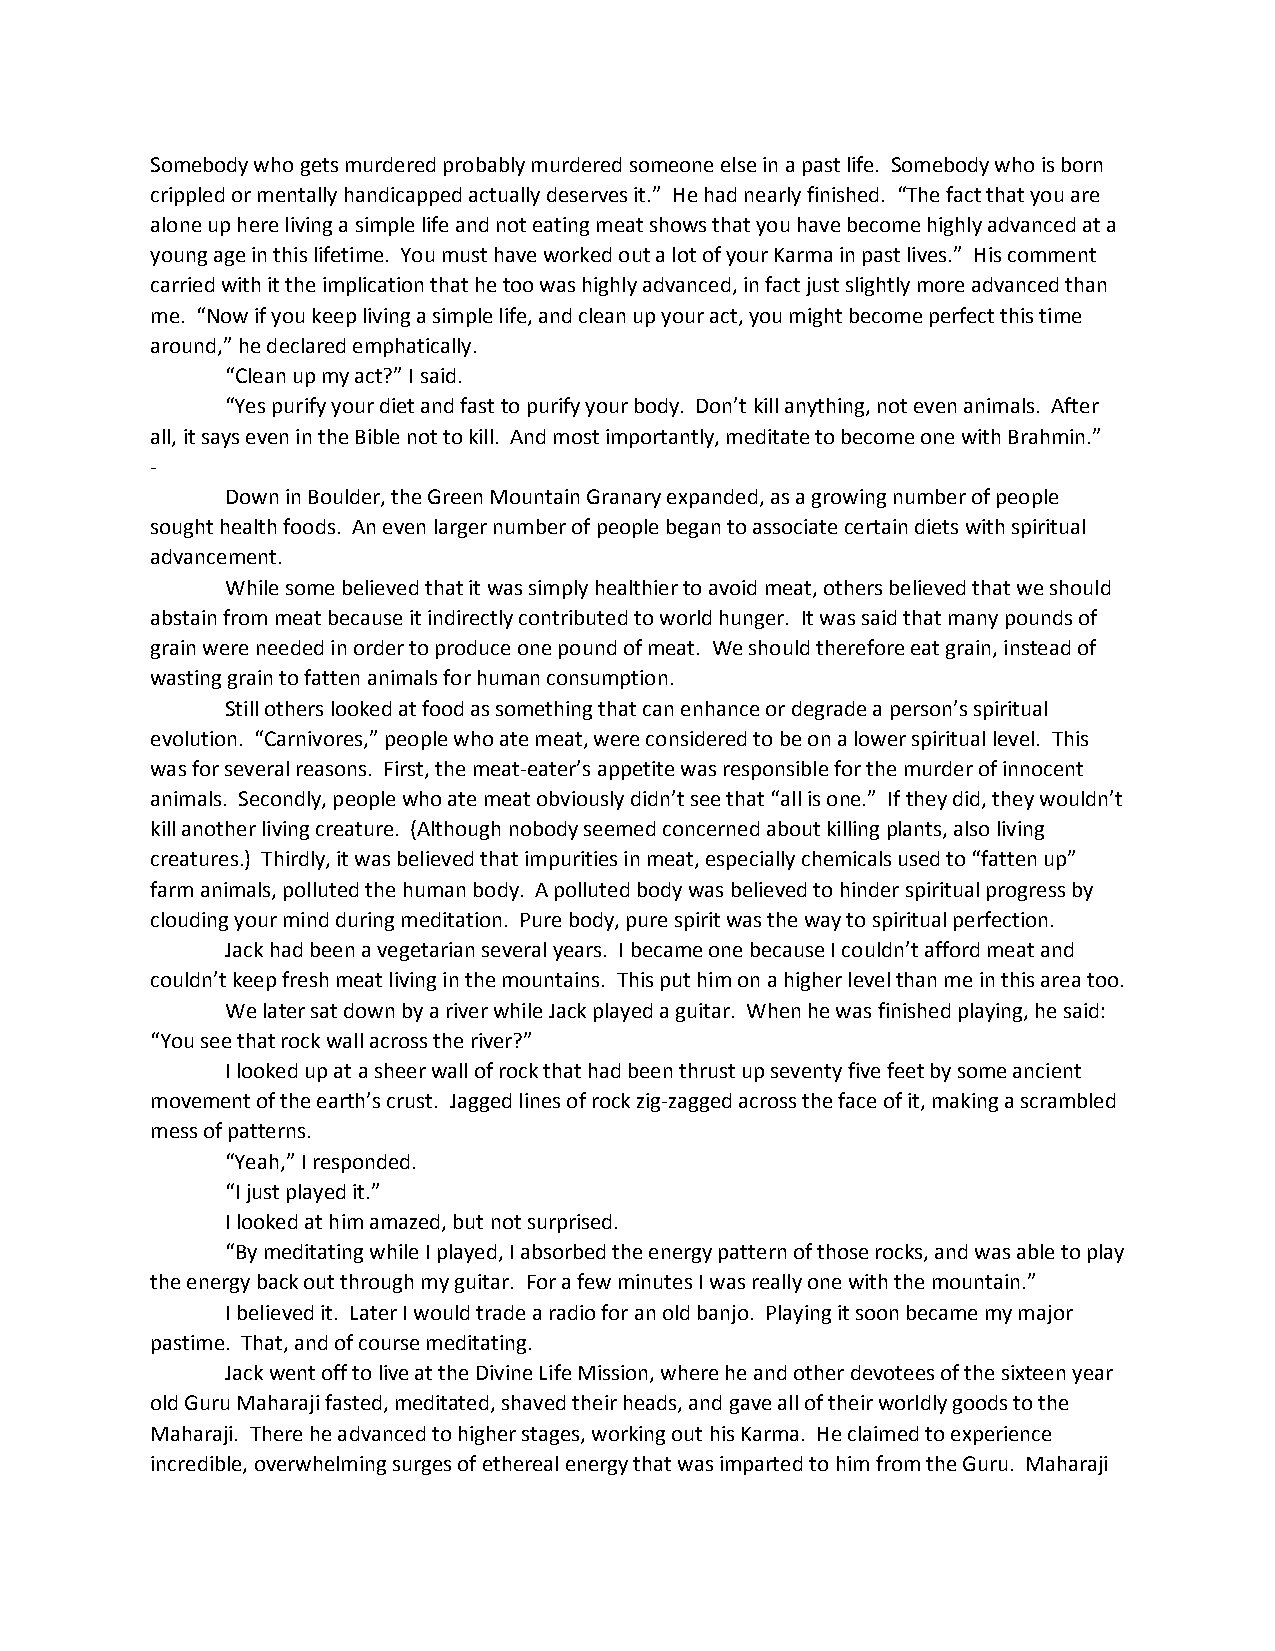
Somebody who gets murdered probably murdered someone else in a past life. Somebody who is born
 crippled or mentally handicapped actually deserves it.” He had nearly finished. “The fact that you are
 alone up here living a simple life and not eating meat shows that you have become highly advanced at a
 young age in this lifetime. You must have worked out a lot of your Karma in past lives.” His comment
 carried with it the implication that he too was highly advanced, in fact just slightly more advanced than
 me. “Now if you keep living a simple life, and clean up your act, you might become perfect this time
 around,” he declared emphatically.
 “Clean up my act?” I said.
 “Yes purify your diet and fast to purify your body. Don’t kill anything, not even animals. After
 all, it says even in the Bible not to kill. And most importantly, meditate to become one with Brahmin.”
 -
 Down in Boulder, the Green Mountain Granary expanded, as a growing number of people
 sought health foods. An even larger number of people began to associate certain diets with spiritual
 advancement.
 While some believed that it was simply healthier to avoid meat, others believed that we should
 abstain from meat because it indirectly contributed to world hunger. It was said that many pounds of
 grain were needed in order to produce one pound of meat. We should therefore eat grain, instead of
 wasting grain to fatten animals for human consumption.
 Still others looked at food as something that can enhance or degrade a person’s spiritual
 evolution. “Carnivores,” people who ate meat, were considered to be on a lower spiritual level. This
 was for several reasons. First, the meat-eater’s appetite was responsible for the murder of innocent
 animals. Secondly, people who ate meat obviously didn’t see that “all is one.” If they did, they wouldn’t
 kill another living creature. (Although nobody seemed concerned about killing plants, also living
 creatures.) Thirdly, it was believed that impurities in meat, especially chemicals used to “fatten up”
 farm animals, polluted the human body. A polluted body was believed to hinder spiritual progress by
 clouding your mind during meditation. Pure body, pure spirit was the way to spiritual perfection.
 Jack had been a vegetarian several years. I became one because I couldn’t afford meat and
 couldn’t keep fresh meat living in the mountains. This put him on a higher level than me in this area too.
 We later sat down by a river while Jack played a guitar. When he was finished playing, he said:
 “You see that rock wall across the river?”
 I looked up at a sheer wall of rock that had been thrust up seventy five feet by some ancient
 movement of the earth’s crust. Jagged lines of rock zig-zagged across the face of it, making a scrambled
 mess of patterns.
 “Yeah,” I responded.
 “I just played it.”
 I looked at him amazed, but not surprised.
 “By meditating while I played, I absorbed the energy pattern of those rocks, and was able to play
 the energy back out through my guitar. For a few minutes I was really one with the mountain.”
 I believed it. Later I would trade a radio for an old banjo. Playing it soon became my major
 pastime. That, and of course meditating.
 Jack went off to live at the Divine Life Mission, where he and other devotees of the sixteen year
 old Guru Maharaji fasted, meditated, shaved their heads, and gave all of their worldly goods to the
 Maharaji. There he advanced to higher stages, working out his Karma. He claimed to experience
 incredible, overwhelming surges of ethereal energy that was imparted to him from the Guru. Maharaji